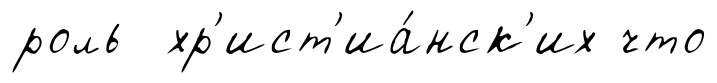
роль хр'ист'иа́нск'их что